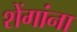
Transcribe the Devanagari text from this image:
शेंगांना